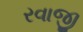
રવાજી